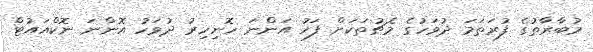
މުބާރާތުގެ ފުރަތަމަ ދުވަހުގެ މެޗުތަކަށް ފަހު އަންނަ ހޮނިހިރު ދުވަހު އޮންނަ ނޮކްއައުޓް